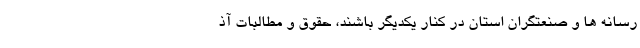
رسانه ها و صنعتگران استان در کنار یکدیگر باشند، حقوق و مطالبات آذ